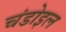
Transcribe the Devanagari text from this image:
चंडोइल